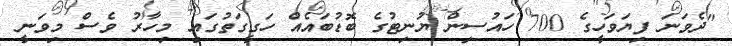
"ދެވަނަ ފިޔަވަހީގެ 700 ހައުސިން ޔުނިޓުގެ ބޮޑުބައެއް ހަގީގަތުގައި މިހާރު ވެސް މިވަނީ